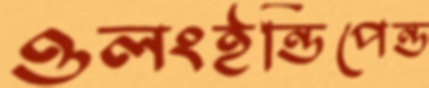
ওলংইন্ডিপেন্ড